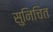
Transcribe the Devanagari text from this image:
सुनिचित